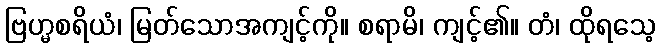
ဗြဟ္မစရိယံ၊ မြတ်သောအကျင့်ကို။ စရာမိ၊ ကျင့်၏။ တံ၊ ထိုရသေ့